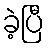
ခဲ့ပြီ